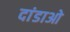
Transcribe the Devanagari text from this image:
दांडाओ